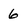
Character: 6